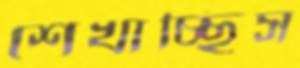
শেখাচ্ছিস